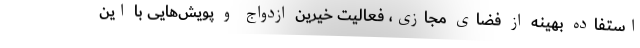
استفاده بهینه از فضای مجازی، فعالیت خیرین ازدواج و پویش‌هایی با این